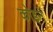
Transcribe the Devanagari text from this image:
कोइने